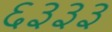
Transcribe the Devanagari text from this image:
६३३३